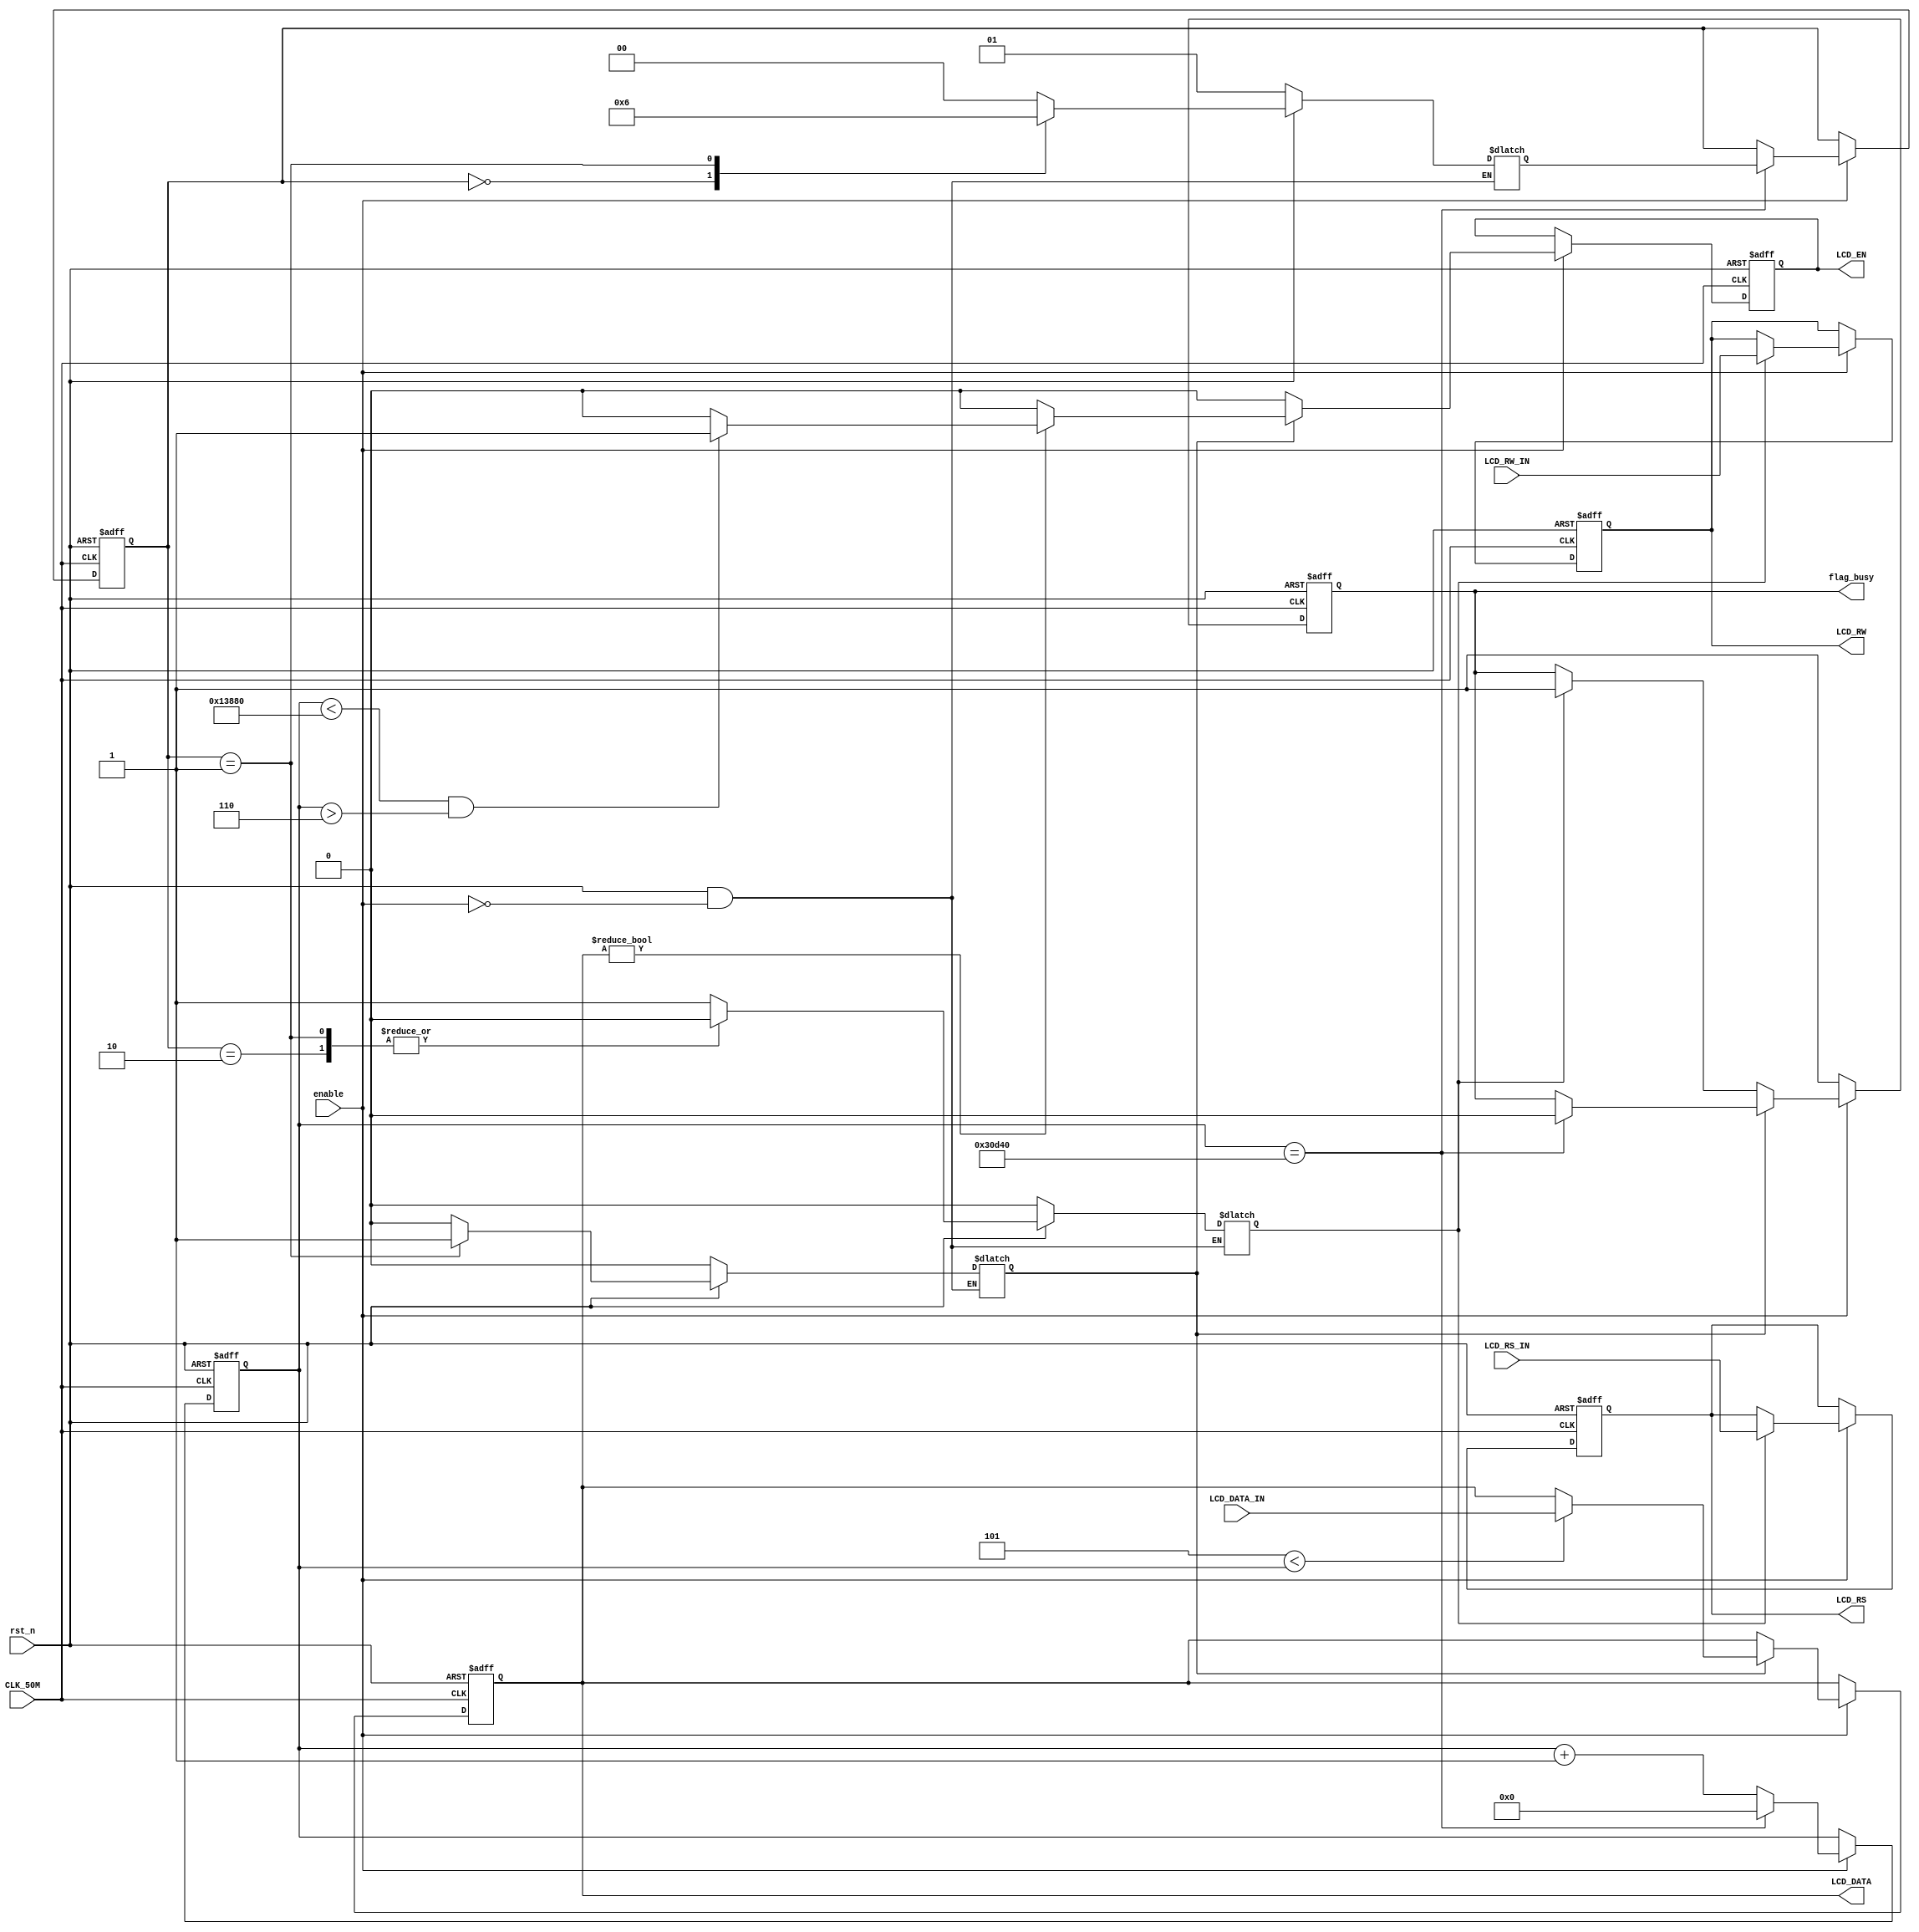
module WR_Oper(
	enable,
	rst_n,
	CLK_50M,
	LCD_RS_IN,
	LCD_RW_IN,
	LCD_DATA_IN,
	LCD_RS,
	LCD_RW,
	LCD_EN,
	LCD_DATA,
	flag_busy
);
input enable;
input rst_n;
input CLK_50M;
input [7:0]LCD_DATA_IN;
input LCD_RS_IN;
input LCD_RW_IN;
output [7:0]LCD_DATA;
output LCD_RS;
output LCD_RW;
output LCD_EN;
output flag_busy;

reg [7:0]LCD_DATA=8'b0;
reg LCD_RS=1'b0;
reg LCD_RW=1'b0;
reg LCD_EN=1'b0;
//reg [31:0]counter_600ns=32'b1;
reg [31:0]counter_2ms=32'b1;
//reg [31:0]counter_1ms=32'b1;
reg flag_RS_RW=1'b0;
reg flag_EN=1'b0;
reg flag_DATA=1'b0;
reg [1:0]state=1'd0;
reg [1:0]next_state;
reg flag_busy=1'b0;

parameter S100=0;
parameter S010=1;
parameter S001=2;


always@(*)
begin
	if(!rst_n)
	begin
		next_state<=S010;
		flag_DATA<=1'b0;
		flag_EN<=1'b0;
		flag_RS_RW<=1'b0;
	end
	else
	begin
	if(enable)
		case(state)
			S100:	begin
						next_state<=S010;
						flag_RS_RW<=1'b1;
						flag_EN<=1'b0;
						flag_DATA<=1'b0;
					end
			S010: begin
						next_state<=S001;
						flag_RS_RW<=1'b0;
						flag_EN<=1'b1;
						flag_DATA<=1'b0;
					end
			S001:	begin
						next_state<=S100;
						flag_RS_RW<=1'b0;
						flag_EN<=1'b0;
						flag_DATA<=1'b1;
					end
			default:	begin
							next_state<=S100;
							flag_RS_RW<=1'b1;
							flag_EN<=1'b0;
							flag_DATA<=1'b0;								
						end
		endcase
	end
end

/*always@(posedge CLK_50M or negedge rst_n)
begin
	if(!rst_n)
		counter_600ns<=32'd1;
	else
	begin
		if(counter_600ns==32'd30)
		begin
			counter_600ns<=32'b0;
		end
		else
			counter_600ns<=counter_600ns+1'd1;
	end
end*/

always@(posedge CLK_50M or negedge rst_n)
begin
	if(!rst_n)
		counter_2ms<=32'd1;
	else
	begin
		if(enable)
		begin
			if(counter_2ms==32'd200000)
			begin
				counter_2ms<=32'b0;
			end
			else
				counter_2ms<=counter_2ms+1'd1;
		end
	end
end

/*always@(posedge CLK_50M or negedge rst_n)
begin
	if(!rst_n)
		counter_1ms<=32'd1;
	else
	begin
		if(flag_EN)
			if(counter_1ms==32'd50000)
			begin
				counter_1ms<=32'b0;
			end
			else
				counter_1ms<=counter_1ms+1'd1;
		else
			counter_1ms<=1'd1;
	end
end*/

always@(posedge CLK_50M or negedge rst_n)
begin
	if(!rst_n)
		state<=S100;
	else
	if(enable)
		if(counter_2ms==32'd200000)
			state<=next_state;
end

always@(posedge CLK_50M or negedge rst_n )
begin
	if(!rst_n)
	begin	
		LCD_RS<=1'b0;
		LCD_RW<=1'b0;
	end
	else
	begin
		if(enable)
		begin
			if(flag_RS_RW)
			begin
				LCD_RS<=LCD_RS_IN;
				LCD_RW<=LCD_RW_IN;
			end
			else
			begin
				LCD_RS<=LCD_RS;
				LCD_RW<=LCD_RW;
			end
		end
	end
end

always@(posedge CLK_50M or negedge rst_n)
begin
	if(!rst_n)
		LCD_EN<=1'b0;
	else
	begin
		if(enable)
		begin
			if(flag_EN)
			begin
				if(LCD_DATA!=0)begin
					if(counter_2ms<32'd80000 && counter_2ms>32'd6)
						LCD_EN<=1'b1;
					else
						LCD_EN<=1'b0;
				end
				else
					LCD_EN<=1'b0;
			end
			else
				LCD_EN<=1'b0;
		end
	end
end

always@(posedge CLK_50M or negedge rst_n)
begin
	if(!rst_n)
		LCD_DATA<=8'b0;
	else
	begin
		if(enable)
		begin
			if(flag_EN)
			begin
				if(32'd5<counter_2ms)
					LCD_DATA<=LCD_DATA_IN;
				else
					LCD_DATA<=LCD_DATA;
			end
			else
				LCD_DATA<=LCD_DATA;
		end
	end
end

always@(posedge CLK_50M or negedge rst_n)
begin
	if(!rst_n)
		flag_busy<=1'b0;
	else
	begin
		if(enable)
		begin
			if(flag_EN)
				if(counter_2ms==32'd200000)
					flag_busy<=1'b0;
				else
					flag_busy<=flag_busy;
			else if(flag_RS_RW)
				flag_busy<=1'b1;
			else
				flag_busy<=flag_busy;
		end
		else
			flag_busy<=1'b1;
	end
	
end
endmodule